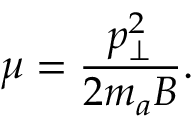
\mu = \frac { p _ { \perp } ^ { 2 } } { 2 m _ { a } B } .